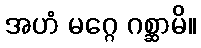
အဟံ မဂ္ဂေ ဂစ္ဆာမိ။